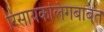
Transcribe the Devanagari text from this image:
रिसायकलिंगबाबत